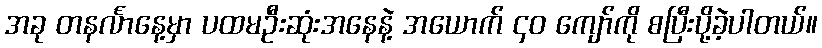
အခု တနင်္လာနေ့မှာ ပထမဦးဆုံးအနေနဲ့ အယောက် ၄၀ ကျော်ကို စပြီးပို့ခဲ့ပါတယ်။